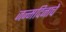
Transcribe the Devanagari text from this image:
जन्मदिनाचे